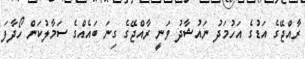
ރާއްޖޭގެ އަޑުގެ އަހުމަދު ނައުޝާދު ވަނީ ރާއްޖޭގެ ގިނަ ބައެއްގެ ސަމާލުކަން ހޯދާފަ